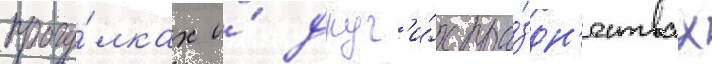
прогу́лках и́ друг'и́х пра́здн'ествах